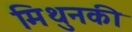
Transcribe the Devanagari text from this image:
मिथुनकी